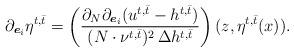
LaTeX: \begin{align*}\partial_{\boldsymbol e_i} \eta^{t,\bar t} = \left( \frac{\partial_N \partial_{\boldsymbol e_i} (u^{t,\bar t}-h^{t,\bar t}) }{(N\cdot \nu^{t,\bar t})^2 \,\Delta h^{t,\bar t}}\right) (z, \eta^{t,\bar t}(x)).\end{align*}